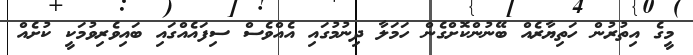
މީގެ އިތުރުން ހަތިޔާރެއް ބޭނުންކޮށްގެން ހަމަލާ ދިނުމުގައި އެއްވެސް ސިފައެއްގައި ބައިވެރިވުމަކީ ކުށެއް